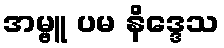
အမ္ဗူ ပမ နိဒ္ဒေသ